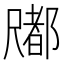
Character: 𡳤